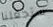
ستجعلنا